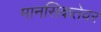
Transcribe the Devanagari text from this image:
मानसिकतेवर